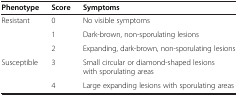
<table><thead><tr><td><b>Phenotype</b></td><td><b>Score</b></td><td><b>Symptoms</b></td></tr></thead><tbody><tr><td>Resistant</td><td>0</td><td>No visible symptoms</td></tr><tr><td></td><td>1</td><td>Dark-brown, non-sporulating lesions</td></tr><tr><td></td><td>2</td><td>Expanding, dark-brown, non-sporulating lesions</td></tr><tr><td>Susceptible</td><td>3</td><td>Small circular or diamond-shaped lesions with sporulating areas</td></tr><tr><td></td><td>4</td><td>Large expanding lesions with sporulating areas</td></tr></tbody></table>